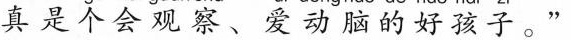
真是个会观察、爱动脑的好孩子。”